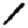
Digit: 1